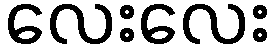
လေးလေး